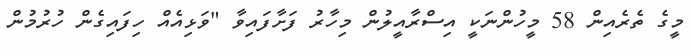
މީގެ ތެރެއިން 58 މީހުންނަކީ އިސްރާއީލުން މިހާރު ފަށާފައިވާ "ވަޅިއެއް ހިފައިގެން ހުރުމުން